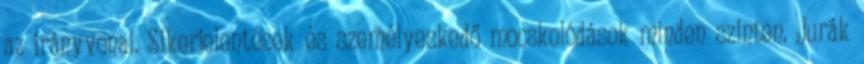
az irányvonal. Sikerjelentések és személyeskedő mocskolódások minden szinten. Jurák